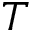
T